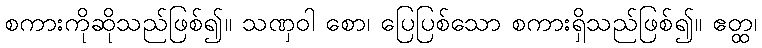
စကားကိုဆိုသည်ဖြစ်၍။ သဏှဝါ စော၊ ပြေပြစ်သော စကားရှိသည်ဖြစ်၍။ ဧတ္ထ၊